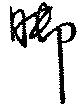
脚